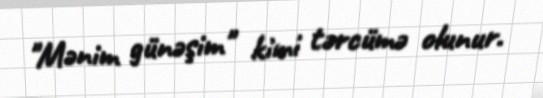
"Mənim günəşim" kimi tərcümə olunur.